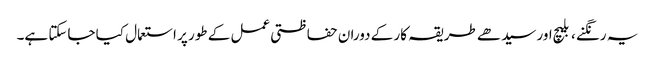
یہ رنگنے ، بلیچ اور سیدھے طریقہ کار کے دوران حفاظتی عمل کے طور پر استعمال کیا جاسکتا ہے۔